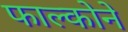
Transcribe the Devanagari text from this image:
फाल्कोने